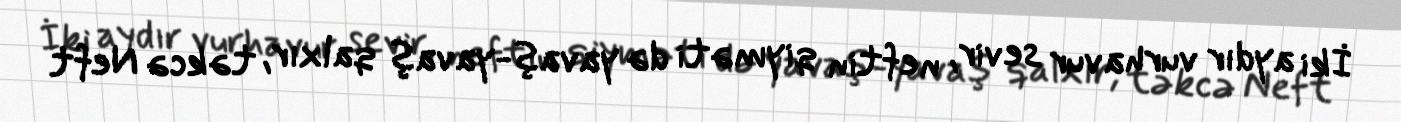
İki aydır vurhavur sevir, neftin qiyməti də yavaş-yavaş qalxır, təkcə Neft